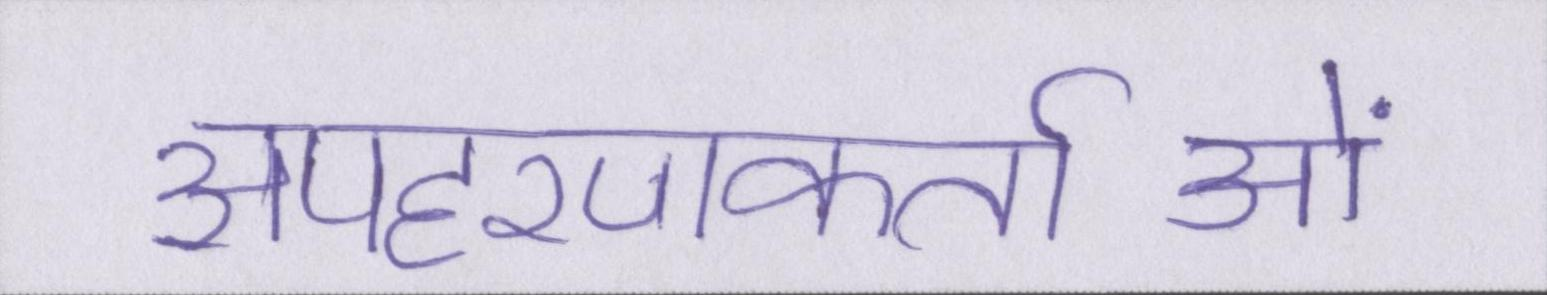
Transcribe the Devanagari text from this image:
अपहरणकर्ताओं